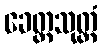
ခေတ္တသုတ္တံ